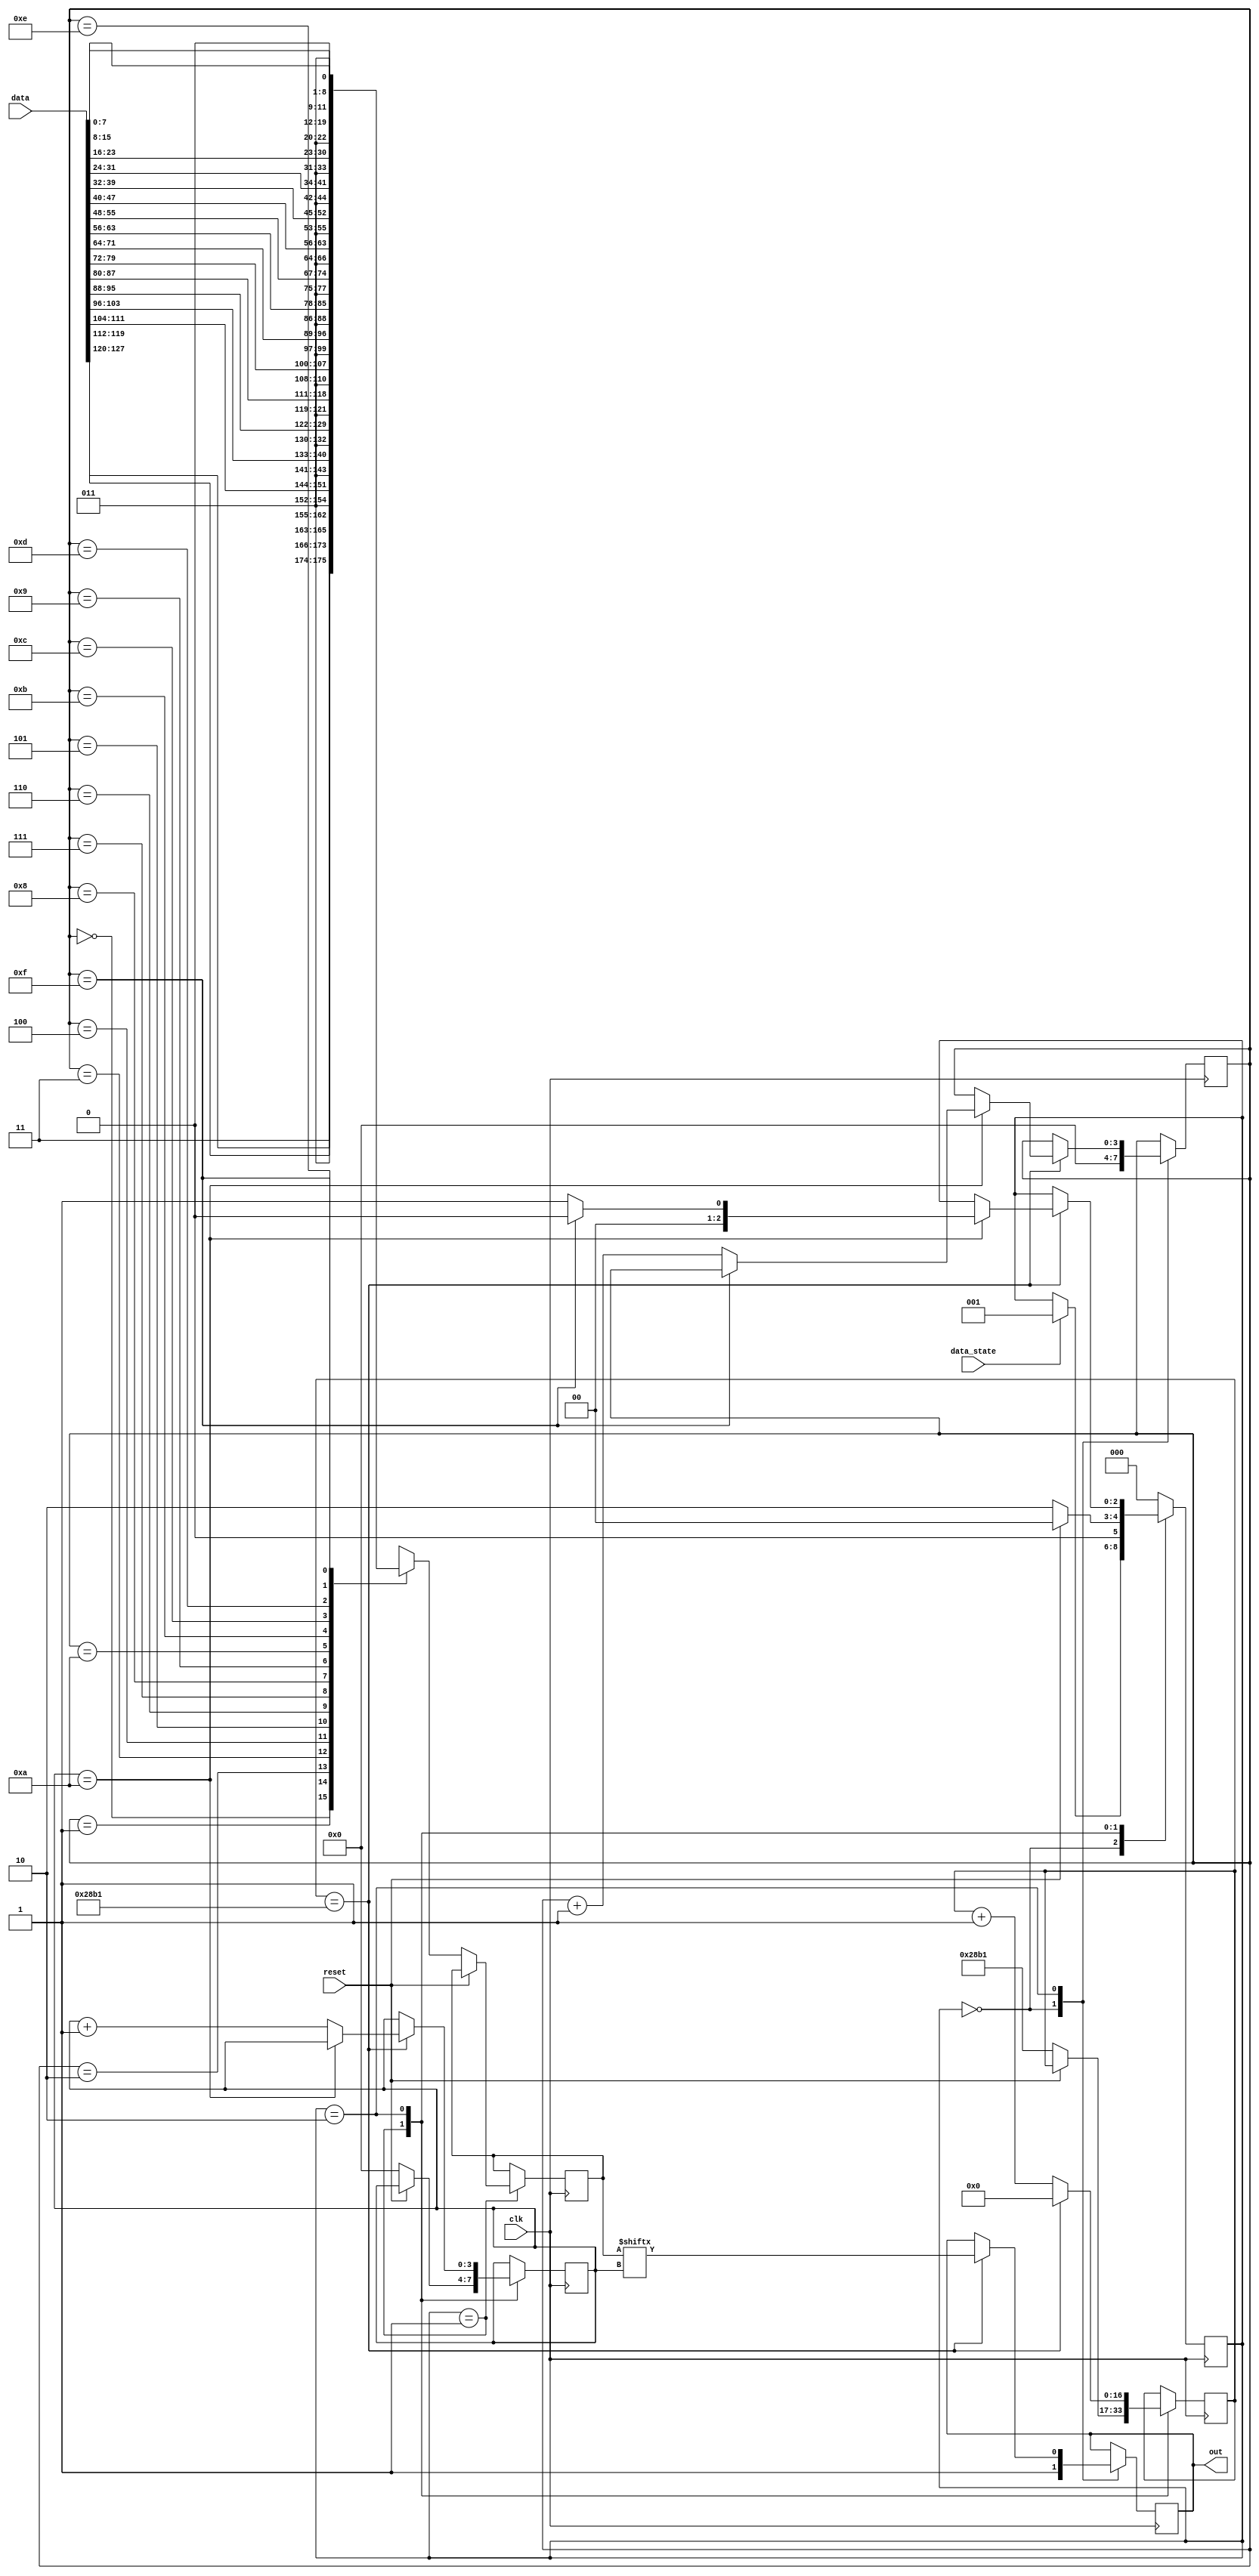
`timescale 1ns / 1ps
 


module tx(
    data_state,
    clk,
    data,
    reset,
    out
    );
input data_state;
input clk;
input reset;
input [127:0] data;
output out;

reg [2:0] state=2'd0;
reg [10:0] data_send;
localparam init=2'd0,setup=2'd1,writedata=2'd2;//states

parameter rest=1;

//change these to change baud rate
parameter clock_speed=100000000;//speed of the FPGA clock
parameter baud_rate=9600;//the number of bits you need per second
parameter clock_per_bit=10417;// number of clock cycles your hardware can afford per bit

reg[16:0] clock_counter=13'b0;//counts how many clock cycles passed

reg temp_out=rest;
reg [3:0] bit_counter=0,temp_bit_counter=0;;
reg [3:0] byte_counter;
always@(posedge clk)
begin
case(state)
init:
begin
    temp_out<=1'b1;
    byte_counter<=0;
    if (data_state==1)
    begin
        state<=setup;
    end
end

setup:
begin
    if (reset==1)
    begin
        state<=init;
    end
    else
    begin
      case(byte_counter)
       0:data_send = {1'b1,1'b1,data[127:120],1'b0};
       1:data_send = {1'b1,1'b1,data[119:112],1'b0};
       2:data_send = {1'b1,1'b1,data[111:104],1'b0};
       3:data_send = {1'b1,1'b1,data[103: 96],1'b0};
       4:data_send = {1'b1,1'b1,data[ 95: 88],1'b0};
       5:data_send = {1'b1,1'b1,data[ 87: 80],1'b0};
       6:data_send = {1'b1,1'b1,data[ 79: 72],1'b0};
       7:data_send = {1'b1,1'b1,data[ 71: 64],1'b0};
       8:data_send = {1'b1,1'b1,data[ 63: 56],1'b0};
       9:data_send = {1'b1,1'b1,data[ 55: 48],1'b0};
      10:data_send = {1'b1,1'b1,data[ 47: 40],1'b0};
      11:data_send = {1'b1,1'b1,data[ 39: 32],1'b0};
      12:data_send = {1'b1,1'b1,data[ 31: 24],1'b0};
      13:data_send = {1'b1,1'b1,data[ 23: 16],1'b0};
      14:data_send = {1'b1,1'b1,data[ 15:  8],1'b0};
      15:data_send = {1'b1,1'b1,data[  7:  0],1'b0};
      endcase 

        state<=writedata;
        clock_counter<=clock_per_bit;
        bit_counter<=0;
    end
end

writedata:
begin
if (clock_counter==clock_per_bit)
    begin
        temp_out<=data_send[bit_counter];  
        clock_counter<=0;
        if (bit_counter==10)
        begin
        if (byte_counter==15)
            begin
                state<=init;
             
            end
        else
            begin
                state<=setup;
                byte_counter=byte_counter+1;
            end
        end
        else
        begin
            bit_counter<=bit_counter+1;
        end
     end
else
    begin
        clock_counter<=clock_counter+1;
    end   
end
default:
begin
    state<=init;
end
endcase
end
assign out=temp_out;
endmodule